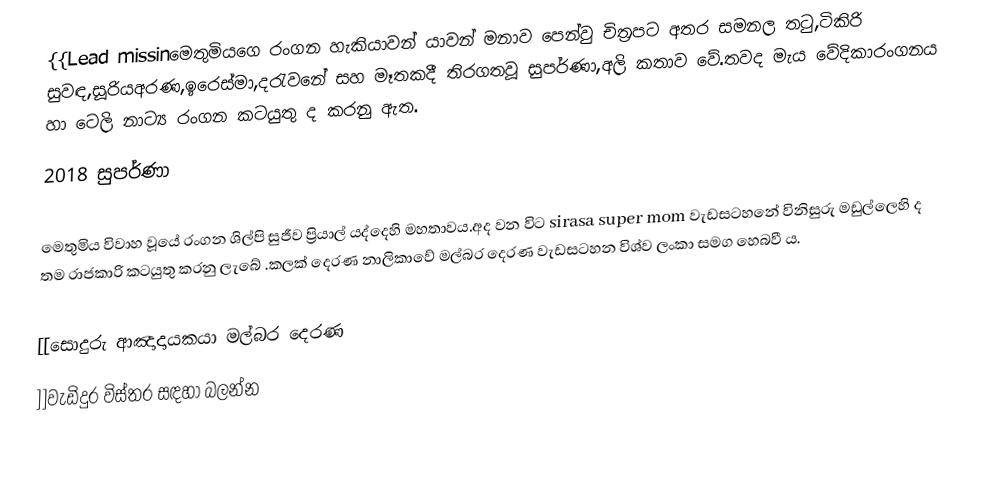
{{Lead missinමෙතුමියගෙ රංගන හැකියාවන් යාවන් මනාව පෙන්වු චිත්‍රපට අතර සමනල තටු,ටිකිරි සුවඳ,සූරියඅරණ,ඉරෙස්මා,දරැවනේ සහ මෑතකදී තිරගතවූ සුපර්ණා,අලි කතාව වේ.තවද මැය වේදිකාරංගනය හා ටෙලි නාට්‍ය රංගන කටයුතු ද කරනු ඇත.
2018     සුපර්ණා

මෙතුමිය විවාහ වූයේ රංගන ශිල්පි සුජීව ප්‍රියාල් යද්දෙහි මහතාවය.අද වන විට sirasa super mom  වැඩසටහනේ විනිසුරු මඩුල්ලෙහි ද තම රාජකාරි කටයුතු කරනු ලැබේ .කලක් දෙරණ නාලිකාවේ මල්බර දෙරණ වැඩසටහන විශ්ව ලංකා සමග හෙබවී ය.

[[සොදුරු ආඤාදායකයා මල්බර දෙරණ
]]වැඩිදුර විස්තර සඳහා බලන්න